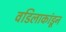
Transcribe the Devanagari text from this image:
वडिलाकांडून